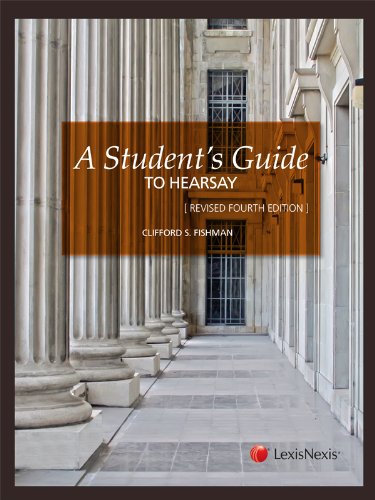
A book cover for A Student's Guide to Hearsay; Clifford S. Fishman; Law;